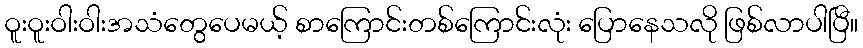
ဝူးဝူးဝါးဝါးအသံတွေပေမယ့် စာကြောင်းတစ်ကြောင်းလုံး ပြောနေသလို ဖြစ်လာပါပြီ။